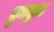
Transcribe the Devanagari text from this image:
हुडहुड